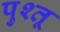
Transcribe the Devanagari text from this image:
पुश्तू